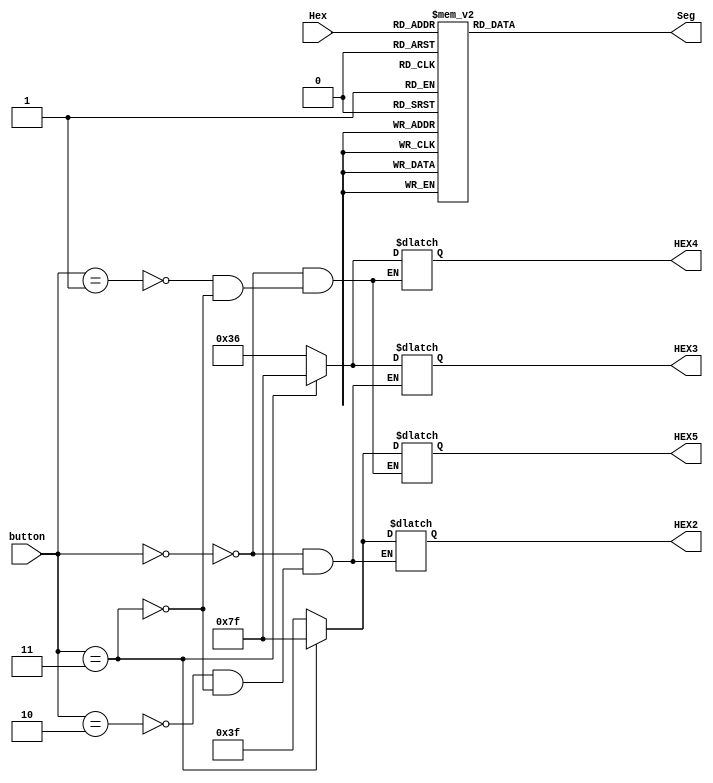
module HexTo7Segment(
	input [3:0] Hex,
	input [1:0] button,
	output reg[6:0] Seg,
	output reg[6:0] HEX5,
	output reg[6:0] HEX4,
	output reg[6:0] HEX3,
	output reg[6:0] HEX2
	
);
//reg [6:0]Seg;
always @(Hex)
case(Hex)
		4'b0000:Seg<=7'b1000000;
		4'b0001:Seg<=7'b1111001;
		4'b0010:Seg<=7'b0100100;
		4'b0011:Seg<=7'b0110000;
		4'b0100:Seg<=7'b0011001;
		4'b0101:Seg<=7'b0010010;
		4'b0110:Seg<=7'b0000010;
		4'b0111:Seg<=7'b1111000;
		4'b1000:Seg<=7'b0000000;
		4'b1001:Seg<=7'b0010000;
		4'b1010:Seg<=7'b0001000;
		4'b1011:Seg<=7'b0000011;
		4'b1100:Seg<=7'b1000110;
		4'b1101:Seg<=7'b0100001;
		4'b1110:Seg<=7'b0000110;
		4'b1111:Seg<=7'b0001110;
endcase
always @(button)
case(button)
		2'b00:begin HEX5<=7'b0111111;HEX4<=7'b0110110;HEX3<=7'b0110110;HEX2<=7'b0111111;end
		2'b01:begin HEX5<=7'b0111111;HEX4<=7'b0110110;end
		2'b10:begin HEX3<=7'b0110110;HEX2<=7'b0111111;end
		2'b11:begin HEX5<=7'b1111111;HEX4<=7'b1111111;HEX3<=7'b1111111;HEX2<=7'b1111111;end

endcase
//	case(Hex)
//		4'b0000:Seg<=7'b0111111;
//		4'b0001:Seg<=7'b0000110;
//		4'b0010:Seg<=7'b1011011;
//		4'b0011:Seg<=7'b1001111;
//		4'b0100:Seg<=7'b1100110;
//		4'b0101:Seg<=7'b1101101;
//		4'b0110:Seg<=7'b1111101;
//		4'b0111:Seg<=7'b0000111;
//		4'b1000:Seg<=7'b1111111;
//		4'b1001:Seg<=7'b1101111;
//		4'b1010:Seg<=7'b1110111;
//		4'b1011:Seg<=7'b1111100;
//		4'b1100:Seg<=7'b0111001;
//		4'b1101:Seg<=7'b1011110;
//		4'b1110:Seg<=7'b1111001;
//		4'b1111:Seg<=7'b1110001;
//	endcase
//	case(Hex)
//		4'h003F:Seg<=7'b0111111;
//		4'h0006:Seg<=7'b0000110;
//		4'h005B:Seg<=7'b1011011;
//		4'h004F:Seg<=7'b1001111;
//		4'h0066:Seg<=7'b1100110;
//		4'h006D:Seg<=7'b1101101;
//		4'h007D:Seg<=7'b1111101;
//		4'h0007:Seg<=7'b0000111;
//		4'h007F:Seg<=7'b1111111;
//		4'h006F:Seg<=7'b1101111;
//		4'h0077:Seg<=7'b1110111;
//		4'h007C:Seg<=7'b1111100;
//		4'h0039:Seg<=7'b0111001;
//		4'h005E:Seg<=7'b1011110;
//		4'h0079:Seg<=7'b1111001;
//		4'h0071:Seg<=7'b1110001;
//	endcase
endmodule